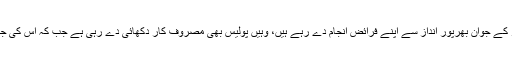
لاک ڈائون پر عملدرآمد کرانے اور امدادی کارروائیوں کے لئے جہاں پاک فوج، رینجرز کے جوان بھرپور انداز سے اپنے فرائض انجام دے رہے ہیں، وہیں پولیس بھی مصروف کار دکھائی دے رہی ہے جب کہ اس کی جانب سے ڈاکوئوں و جرائم پیشہ عناصر کی بیخ کنی کے لیے کارروائیاں بھی جاری ہیں۔